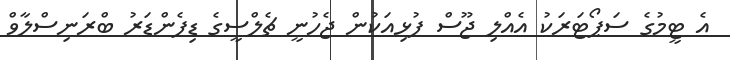
އެ ޓީމުގެ ސަޕޯޓަރަކު އެއްލި ޖޫސް ފުޅިއަކުން ޖެހުނީ ޗެލްސީގެ ޑިފެންޑަރު ބްރަނިސްލާވް